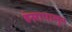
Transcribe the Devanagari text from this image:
हंसापासून